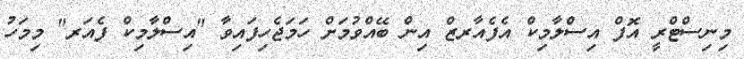
މިނިސްޓްރީ އޮފް އިސްލާމިކް އެފެއާރޒް އިން ބޭއްވުމަށް ހަމަޖެހިފައިވާ "އިސްލާމިކް ފެއަރ" މިމަހު